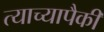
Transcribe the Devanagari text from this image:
त्याच्यापैकी